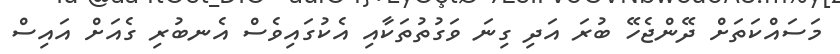
މަސައްކަތަށް ދޭންޖެހޭ ބުރަ އަދި ގިނަ ވަގުތުތަކާއި އެކުގައިވެސް އެނބުރި ގެއަށް އައިސް